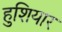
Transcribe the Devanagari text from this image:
हुशियार